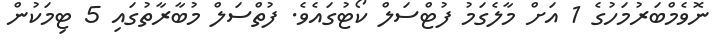
ނޮވެމްބަރުމަހުގެ 1 އަށް މާލެގަމު ފުޓްސަލް ކޯޓުގައެވެ. ފުތްސަލް މުބާރާތުގައި 5 ޓިމަކުން